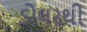
ડોલરથી